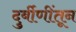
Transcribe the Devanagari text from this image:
दुर्बीणींतून